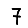
Digit: 7